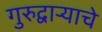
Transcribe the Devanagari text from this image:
गुरुद्वार्‍याचे